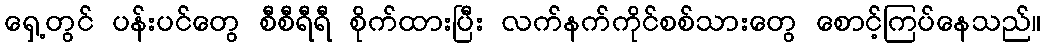
ရှေ့တွင် ပန်းပင်တွေ စီစီရီရီ စိုက်ထားပြီး လက်နက်ကိုင်စစ်သားတွေ စောင့်ကြပ်နေသည်။